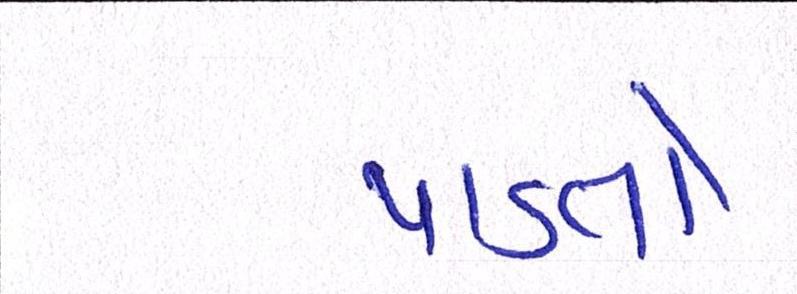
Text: પાડતો